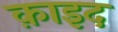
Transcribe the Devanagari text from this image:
क़ाइद